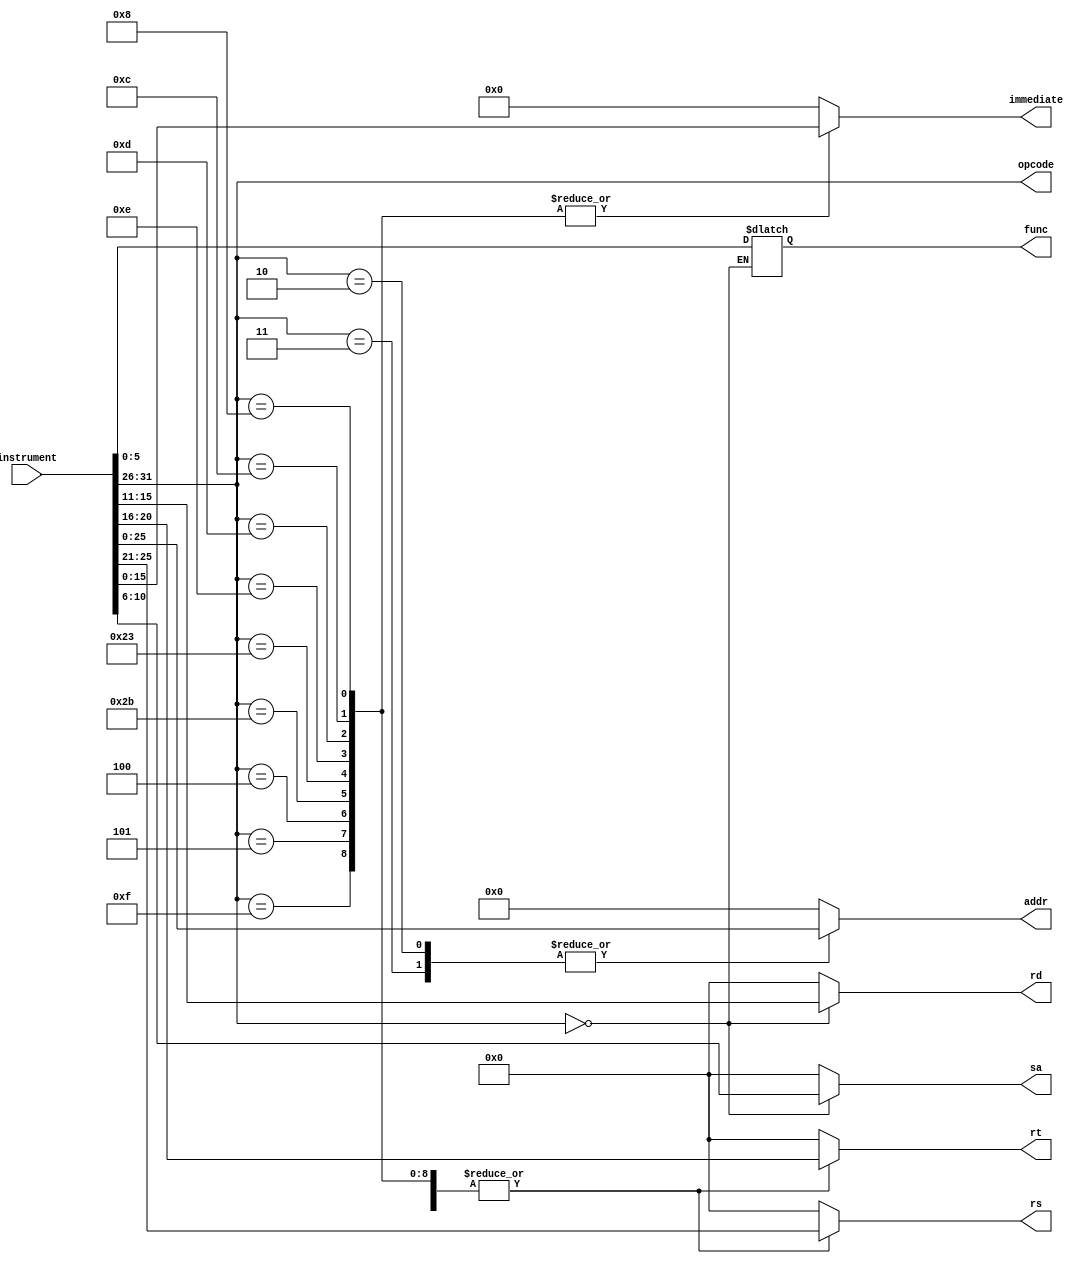
`timescale 1ns / 1ps
//////////////////////////////////////////////////////////////////////////////////
// Company: 
// Engineer: 
// 
// Design Name: 
// Module Name: InstrumentDecoder
// Project Name: 
// Target Devices: 
// Tool Versions: 
// Description: 
// 
// Dependencies: 
// 
// Revision:
// Revision 0.01 - File Created
// Additional Comments:
// 
//////////////////////////////////////////////////////////////////////////////////


module InstrumentDecoder(
    input [31:0] instrument,     //
    output reg[5:0] opcode,     //
    output reg[5:0] func,       //
    output reg[4:0] rs,
    output reg[4:0] rt,
    output reg[4:0] rd,
    output reg[4:0] sa,
    output reg[15:0] immediate,
    output reg[25:0] addr
    );
    
    always @(*)
    begin
        opcode <= instrument[31:26];
        rs <= 5'b0;
        rt <= 5'b0;
        rd <= 5'b0;
        sa <= 5'b0;
        immediate <= 15'b0;
        addr <= 25'b0;
        
        case(opcode)
            6'b000000:          //R
            begin
                func <= instrument[5:0];    //addsubandorxorsllsrlsrajr
                sa <= instrument[10:6];
                rd <= instrument[15:11];
                rt <= instrument[20:16];
                rs <= instrument[25:21];
            end
            6'b001000,  //addi:rs + imm -> rt 
            6'b001100,  //andi:rs & imm -> rt
            6'b001101,  //ori:rs | imm -> rt
            6'b001110,  //xori:rs ^ imm -> rt
            6'b100011,  //lw:ram[rs + offset] -> r]
            6'b101011,  //sw:rt -> ram[rs + offset]
            6'b000100,  //beq:if(rs == rt),jump pc+4 + offset<<2
            6'b000101,  //bne:if(rs != rt),jump pc+4 + offset<<2
            6'b001111:  //lui:immrt16
            begin
                immediate <= instrument[15:0];
                rt <= instrument[20:16];
                rs <= instrument[25:21];
            end
            //J
            6'b000010,  //j:{pc[31:28],address<<2}
            6'b000011:  //jal:{pc[31:28],address<<2},pc+4$31
            begin
                addr <= instrument[25:0];
            end
        endcase
    end
endmodule